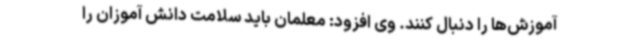
آموزش‌ها را دنبال کنند. وی افزود: معلمان باید سلامت دانش آموزان را